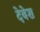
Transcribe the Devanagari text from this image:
देबेश